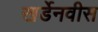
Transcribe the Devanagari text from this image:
खर्डेनवीस